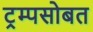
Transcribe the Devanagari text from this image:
ट्रम्पसोबत